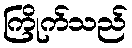
ကြိုက်သည်